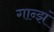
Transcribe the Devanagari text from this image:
गान्झं